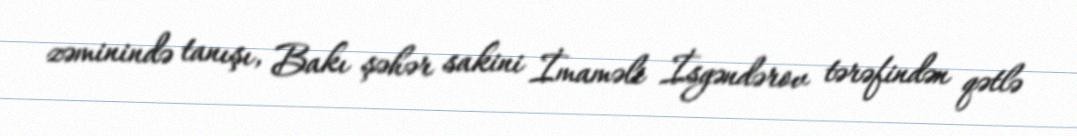
zəminində tanışı, Bakı şəhər sakini İmaməli İsgəndərov tərəfindən qətlə